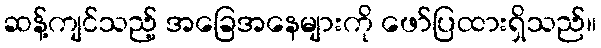
ဆန့်ကျင်သည့် အခြေအနေများကို ဖော်ပြထားရှိသည်။